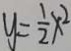
y = \frac { 1 } { 2 } x ^ { 2 }